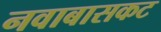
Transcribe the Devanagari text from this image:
नवाबासकट